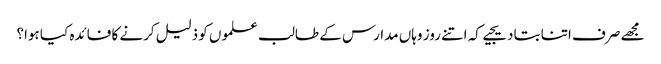
مجھے صرف اتنا بتادیجیے کہ اتنے روز وہاں مدارس کے طالب علموں کو ذلیل کرنے کا فائدہ کیا ہوا؟